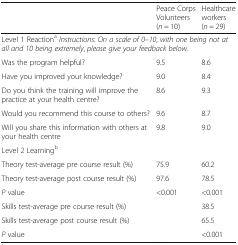
<table><thead><tr><td></td><td><b>Peace Corps Volunteers (<i>n</i> = 10)</b></td><td><b>Healthcare workers (<i>n</i> = 29)</b></td></tr></thead><tbody><tr><td colspan="3">Level 1 Reaction<sup>a</sup><i>Instructions</i>: <i>On a scale of 0</i>–<i>10</i>, <i>with one being not at all and 10 being extremely</i>, <i>please give your feedback below</i>.</td></tr><tr><td>Was the program helpful?</td><td>9.5</td><td>8.6</td></tr><tr><td>Have you improved your knowledge?</td><td>9.0</td><td>8.4</td></tr><tr><td>Do you think the training will improve the practice at your health centre?</td><td>8.6</td><td>9.3</td></tr><tr><td>Would you recommend this course to others?</td><td>9.6</td><td>8.7</td></tr><tr><td>Will you share this information with others at your health centre</td><td>9.8</td><td>9.0</td></tr><tr><td colspan="3">Level 2 Learning<sup>b</sup></td></tr><tr><td>Theory test-average pre course result (%)</td><td>75.9</td><td>60.2</td></tr><tr><td>Theory test-average post course result (%)</td><td>97.6</td><td>78.5</td></tr><tr><td><i>P</i> value</td><td>&lt;0.001</td><td>&lt;0.001</td></tr><tr><td>Skills test-average pre course result (%)</td><td></td><td>38.5</td></tr><tr><td>Skills test-average post course result (%)</td><td></td><td>65.5</td></tr><tr><td><i>P</i> value</td><td></td><td>&lt;0.001</td></tr></tbody></table>